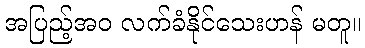
အပြည့်အဝ လက်ခံနိုင်သေးဟန် မတူ။